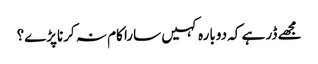
مجھے ڈر ہے کہ دوبارہ کہیں سارا کام نہ کرناپڑے؟